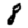
Digit: 8